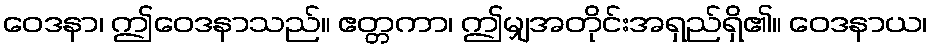
ဝေဒနာ၊ ဤဝေဒနာသည်။ ဧတ္တကာ၊ ဤမျှအတိုင်းအရှည်ရှိ၏။ ဝေဒနာယ၊